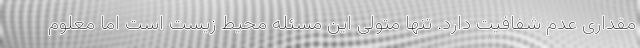
مقداری عدم شفافیت دارد. تنها متولی این مسئله محیط زیست است اما معلوم